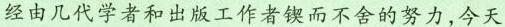
经由几代学者和出版工作者锲而不舍的努力，今天